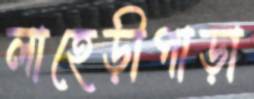
লাহেড়ীপাড়া